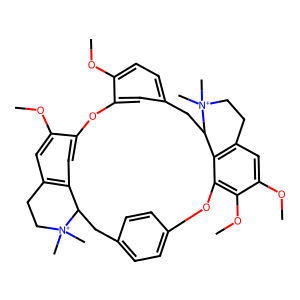
SMILES: COc1ccc2cc1Oc1cc3c(cc1OC)CC[N+](C)(C)C3Cc1ccc(cc1)Oc1c(OC)c(OC)cc3c1C(C2)[N+](C)(C)CC3
Inhibits HIV replication: No